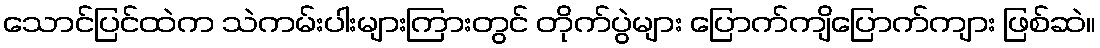
သောင်ပြင်ထဲက သဲကမ်းပါးများကြားတွင် တိုက်ပွဲများ ပြောက်ကျိပြောက်ကျား ဖြစ်ဆဲ။